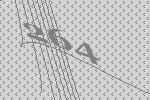
264